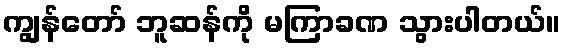
ကျွန်တော် ဘူဆန်ကို မကြာခဏ သွားပါတယ်။